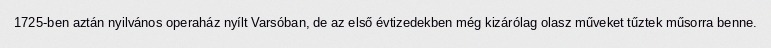
1725-ben aztán nyilvános operaház nyílt Varsóban, de az első évtizedekben még kizárólag olasz műveket tűztek műsorra benne.